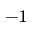
^ { - 1 }